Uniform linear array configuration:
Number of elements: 64
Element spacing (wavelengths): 0.25
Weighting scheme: uniform
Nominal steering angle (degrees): -15
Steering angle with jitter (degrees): -16.878
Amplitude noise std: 0.05
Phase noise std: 0.05

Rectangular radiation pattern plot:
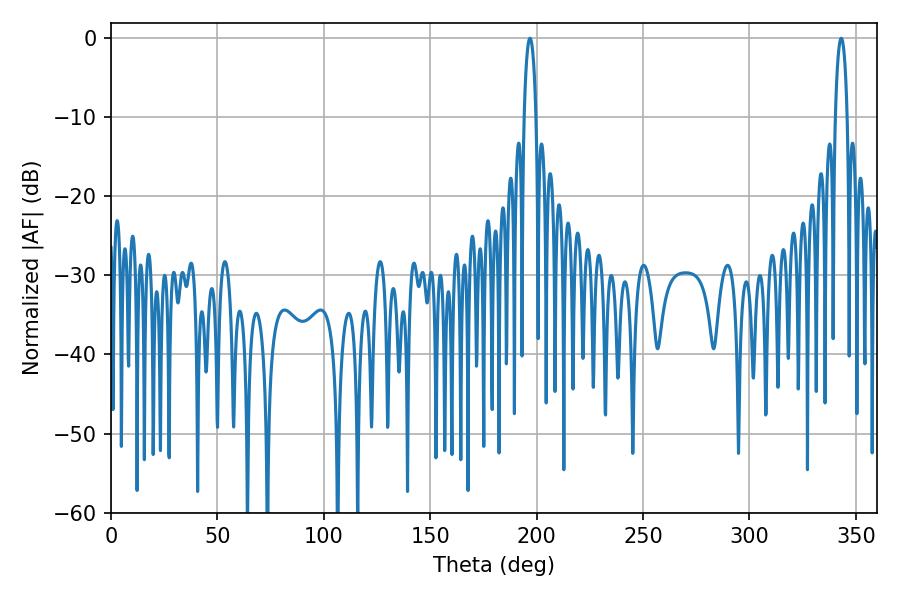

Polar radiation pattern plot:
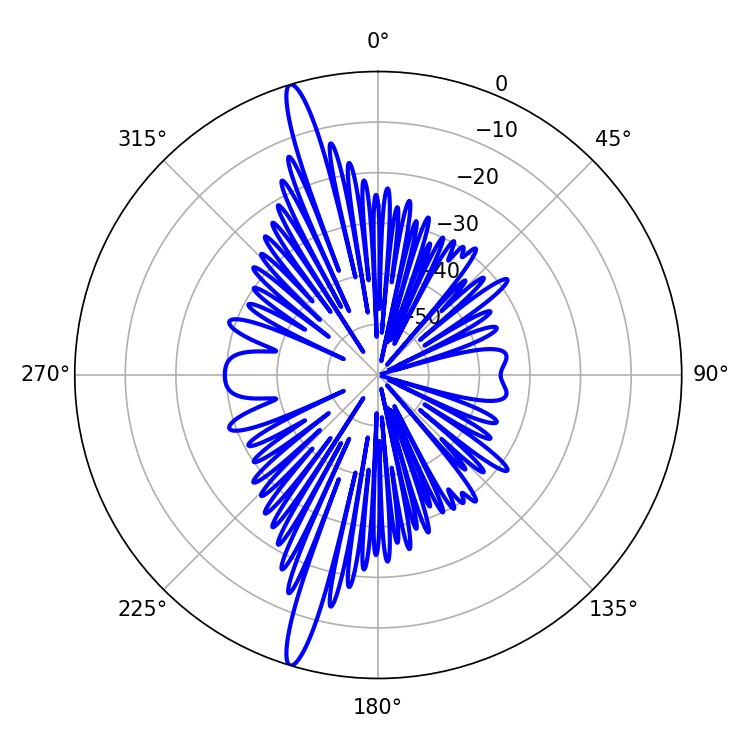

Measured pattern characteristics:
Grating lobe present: FALSE
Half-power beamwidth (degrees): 3.06
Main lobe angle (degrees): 343.08